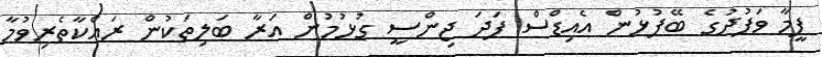
ފީމާ ވަފުދުގެ ބޭފުޅުން އެއިޑްސް ފަދަ ޖިންސީ ގުޅުމުން އަރާ ބަލިތަކުން ރައްކާތެރިވުމާ